Report of the Municipal Commissioner on the plague in Bombay for the year ending 31st May... - Volume 1
Disease focus: Plague
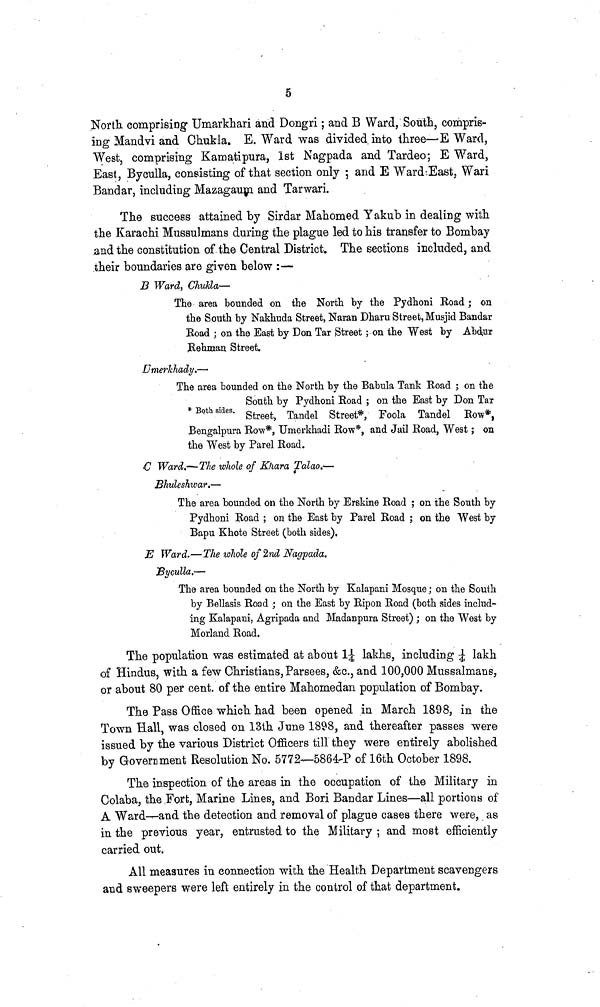
5
North comprising Umarkhari and Dongri; and B Ward, South, compris-
ing Mandvi and Chukla. E. Ward was divided into three—E Ward,
West, comprising Kamatipura, 1st Nagpada and Tardeo; E Ward,
East, Byculla, consisting of that section only ; and E Ward East, Wari
Bandar, including Mazagaum and Tarwari.
The success attained by Sirdar Mahomed Yakub in dealing with
the Karachi Mussulmans during the plague led to his transfer to Bombay
and the constitution of the Central District. The sections included, and
their boundaries are given below :—
B Ward, Chukla—
The area bounded on the North by the Pydhoni Road; on
the South by Nakhuda Street, Naran Dharu Street, Musjid Bandar
Road ; on the Bast by Don Tar Street ; on the West by Abdur
3-ehman Street.
Umerkhady.—
The area bounded on the North by the Babula Tank Road ; on the
South by Pydhoni Road ; on the East by Don Tar
* Both sides. gtreet> Tandel g treet#j Foola Tandd ΕοB
engalpura Row*, Umerkhadi Row*, and Jail Road, West; on
the West by Parel Road.
C Ward.—The whole of Kliara Talao.—
Bhuleshwar.—
The area bounded on the North by Erskine Road ; on the South by
Pydhoni Road ; on the East by Parel Road ; on the West by
Bapu Khote Street (both sides).
jE Ward.—The whole of 2nd Nagpada.
"Byculla.—
The area bounded on the North by Kalapani Mosque; on the South
by Bellasis Road ; on the East by Ripon Road (both sides includ-
ing Kalapani, Agripada and Madanpura Street) ; on the West by
Morland Road.
The population was estimated at about 1¿ lakhs, including ¿ lakh
of Hindus, with a few Christians, Parsees, &c., and 100,000 Mussalmans,
or about 80 per cent, of the entire Mahomedan population of Bombay.
The Pass Office which had been opened in March 1898, in the
Town Hall, was closed on 13th June 1898, and thereafter passes were
issued by the various District Officers till they were entirely abolished
by Government Resolution No. 5772—5864-P of 16th October 1898.
The inspection of the areas in the occupation of the Military in
Colaba, the Fort, Marine Lines, and Bori Bandar Lines—all portions of
A Ward—and the detection and removal of plague cases there were, as
in the previous year, entrusted to the Military ; and most efficiently
carried out.
All measures in connection with the Health Department scavengers
and sweepers were left entirely in the control of that department.